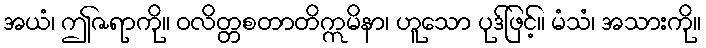
အယံ၊ ဤဇရာကို။ ဝလိတ္တစတာတိဣမိနာ၊ ဟူသော ပုဒ်ဖြင့်။ မံသံ၊ အသားကို။